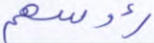
رءوسهم